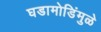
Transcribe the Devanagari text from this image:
घडामोडिंमुळे